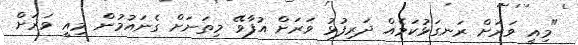
"މިއީ ވަރަށް ރަނގަޅުކަމެއް ދަރިފުޅު ވަރަށް އުފާވޭ މިތަނަށް ގެނައުމުން މިއީ ވަރަށް